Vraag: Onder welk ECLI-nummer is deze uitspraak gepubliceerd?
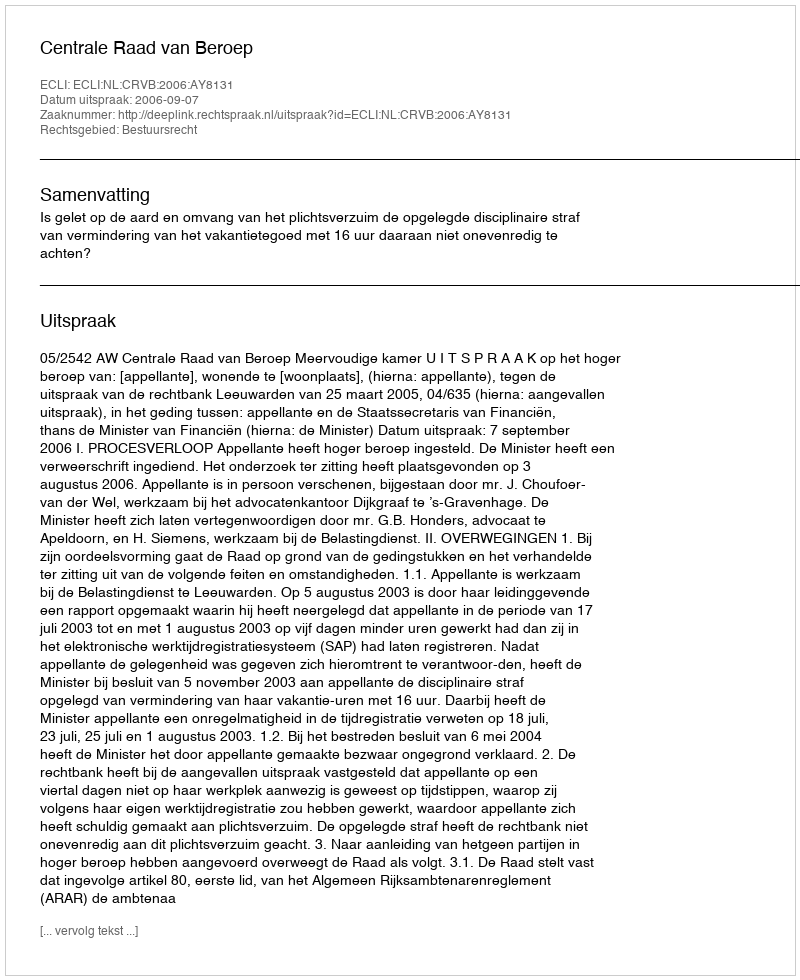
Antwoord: ECLI:NL:CRVB:2006:AY8131